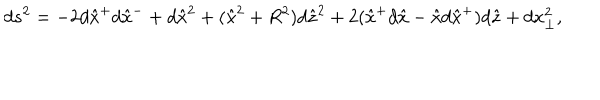
LaTeX: d s ^ { 2 } = - 2 d \hat { x } ^ { + } d \hat { x } ^ { - } + d \hat { x } ^ { 2 } + ( \hat { x } ^ { 2 } + R ^ { 2 } ) d \hat { z } ^ { 2 } + 2 ( \hat { x } ^ { + } d \hat { x } - \hat { x } d \hat { x } ^ { + } ) d \hat { z } + d x _ { \perp } ^ { 2 } ,